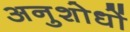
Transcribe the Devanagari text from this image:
अनुशोधों